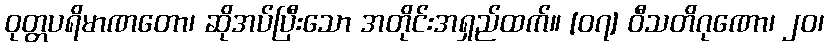
ဝုတ္တပရိမာဏတော၊ ဆိုအပ်ပြီးသော အတိုင်းအရှည်ထက်။ [၀၇] ဝီသတိဂုဏော၊ ၂၀၊